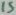
Text: 15